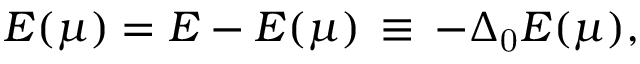
\mathpalette { E } ( \mu ) = E - E ( \mu ) \, \equiv \, - \Delta _ { \mathrm { 0 } } E ( \mu ) ,